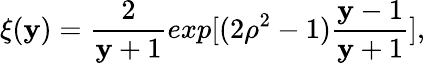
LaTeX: \xi(\mathbf{y})=\frac{2}{{\mathbf{y}+1}}exp[(2\rho^{2}-1)\frac{{\mathbf{y}-1}}{{\mathbf{y}+1}}],